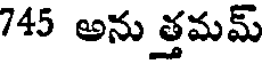
745 అను త్తమమ్